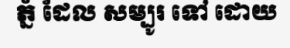
ភ្នំ ដែល សម្បូរ ទៅ ដោយ